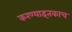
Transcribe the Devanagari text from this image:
करण्याइतकाच